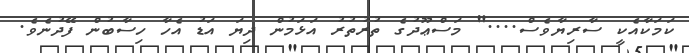
ކަމަކާއެކީ ސާރިޔާވެސް...." މަސްޢޫދުގެ ތުރުތުރު އަޅަމުން ދިޔަ އަޑު އެހާ ހިސާބުން ފޭދުނެވެ.